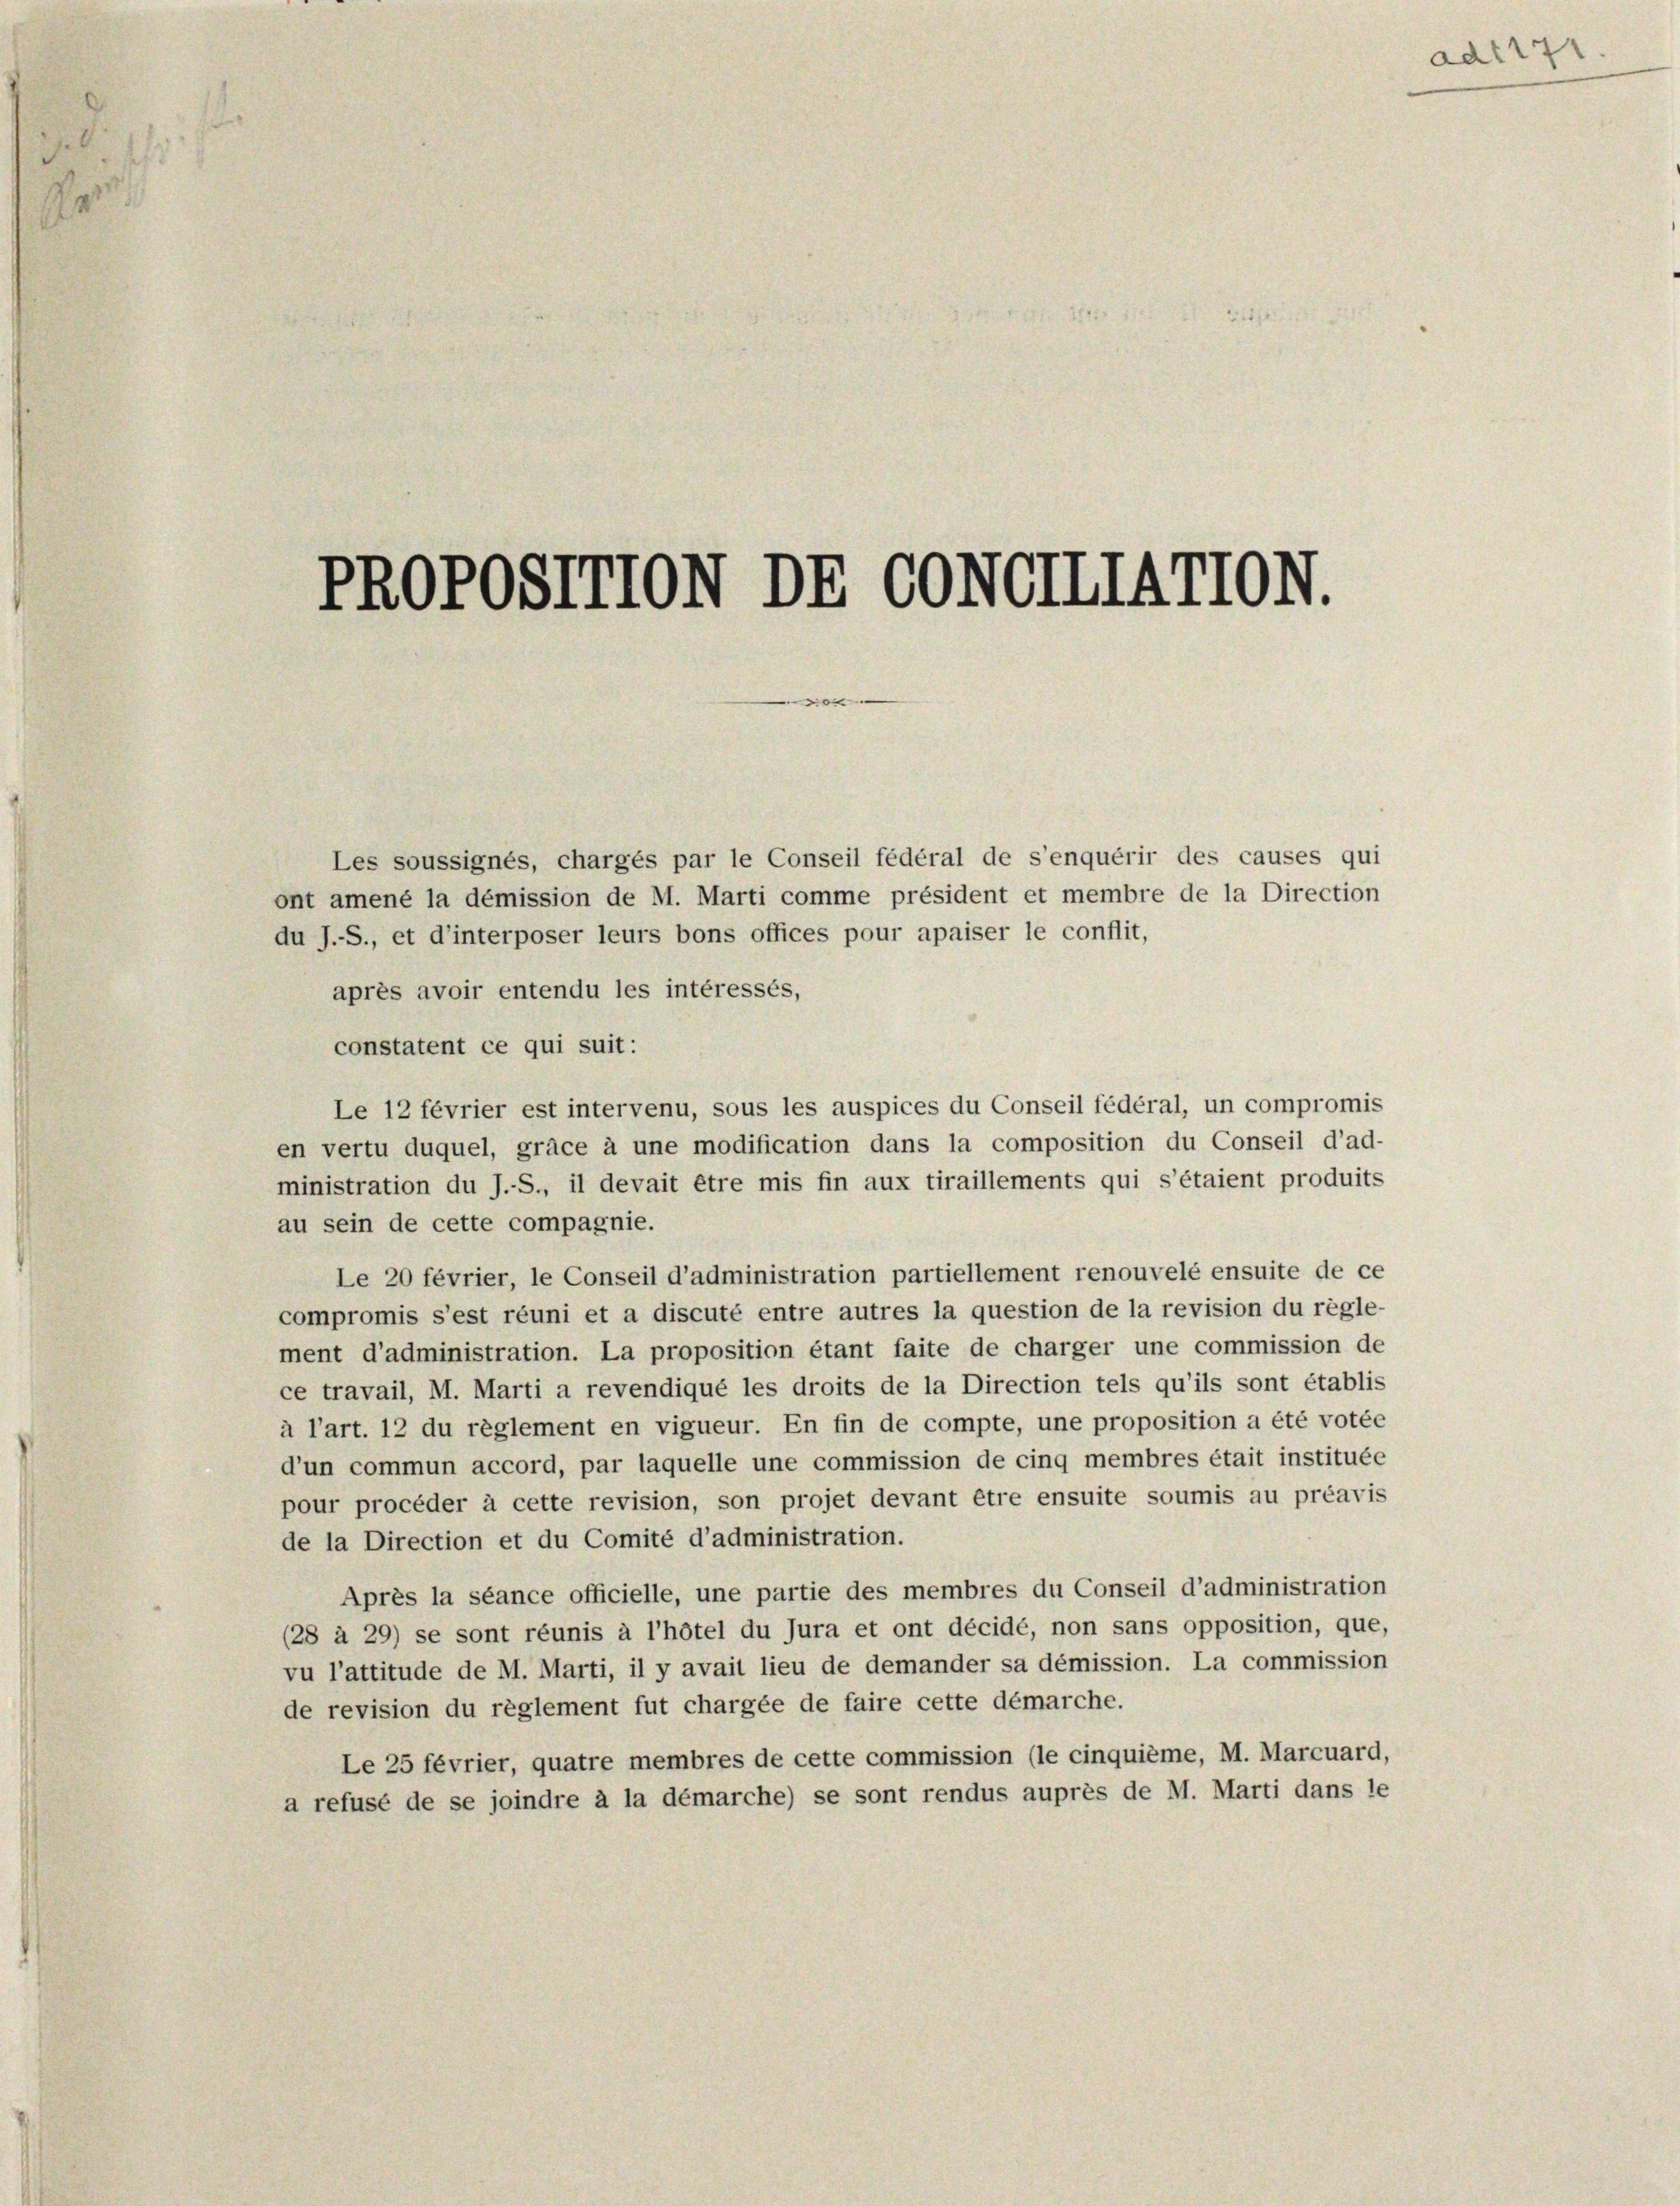
7
Pr

PROPOSTTTON DE CONGIIIATTON.

Les soussignés, chargés par le Conseil fédéral de s’enquérir des causes qui
ont amené la démission de M. Marti comme président et membre de la Direction
du J.-S., et d’interposer leurs bons offices pour apaiser le conflit,
après avoir entendu les intéressés,
constatent ce qui suit:
Le 12 février est intervenu, sous les auspices du Conseil fédéral, un compromis
en vertu duquel, gräce à une modification dans la composition du Conseil d’ad-
ministration du J.S., il devait être mis fin aux tiraillements qui s’étaient produits
au sein de cette compagnie.
Le 20 février, le Conseil d’administration partiellement renouvelé ensuite de ce
compromis s’est réuni et a discuté entre autres la question de la revision du règle-
ment d’administration. La proposition étant faite de charger une commission de
ce travail, M. Marti a revendiqué les droits de la Direction tels qu’ils sont établis
à l’art. 12 du règlement en vigueur. En fin de compte, une proposition a été votée
d’un commun accord, par laquelle une commission de cinq membres était instituée
pour procéder à cette revision, son projet devant être ensuite soumis au préavis
de la Direction et du Comité d’administration.
Après la séance officielle, une partie des membres du Conseil d’administration
(28 à 29) se sont réunis à l’hôtel du Jura et ont décidé, non sans opposition, que,
vu l’attitude de M. Marti, il y avait lieu de demander sa démission. La commission
de revision du règlement fut chargée de faire cette démarche.
Le 25 février, quatre membres de cette commission (le cinquième, M. Marcuard,
a refusé de se joindre à la démarche) se sont rendus auprès de M. Marti dans le

ad: 17